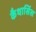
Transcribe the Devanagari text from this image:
कैथार्सिस